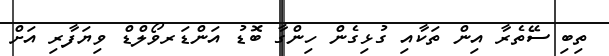
ތިބި ސޭތެރާ އިން ތަކާއި ގުޅިގެން ހިންގާ ބޮޑު އަންޑަރވޯލްޑް ވިޔަފާރި އަށް